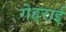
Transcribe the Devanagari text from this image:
गेहराई